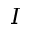
I